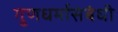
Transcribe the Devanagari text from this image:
गुणधर्मासंबंधी